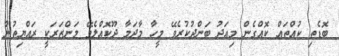
ބޮޑެތި ކުއްތައް ކޮއްގެން މިއަދު ބަންދުކުރެވޭ މީހާ މާދަމާ ދޫކޮއްލެވޭ މަންޒަރަކީ ރައްޔިތުން